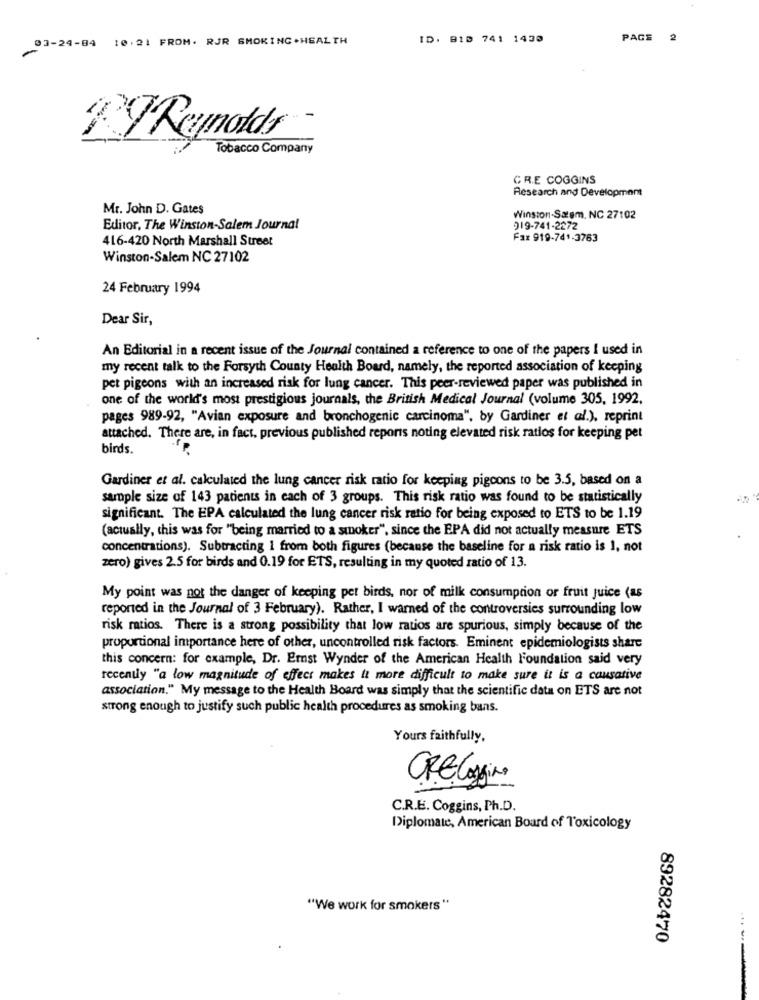
03-24-84 10.21 FROM. RJR SMOKING .HEALTH
ID. 810 741 1430
PAGE
2
Reynolds
Tobacco Company
CRE COGGINS
Research and Development
Mr. John D. Gates
Winston-Salem, NC 27102
Editor, The Winston-Salem Journal
919-741-2272
416-420 North Marshall Street
Fax 919-741-3763
Winston-Salem NC 27102
24 February 1994
Dear Sir,
An Editorial in a recent issue of the Journal contained a reference to one of the papers I used in
my recent talk to the Forsyth County Health Board, namely, the reported association of keeping
pet pigeons with an increased risk for lung cancer. This peer-reviewed paper was published in
one of the world's most prestigious journals, the British Medical Journal (volume 305, 1992.
pages 989-92, "Avian exposure and bronchogenic carcinoma", by Gardiner et al.), reprint
attached. There are, in fact, previous published reports noting elevated risk ratlos for keeping pet
birds.
Gardiner et al. calculated the lung cancer risk ratio for keeping pigcons to be 3.5, based on a
sample size of 143 patients in each of 3 groups. This risk ratio was found to be statistically
significant. The EPA calculated the lung cancer risk ratio for being exposed to ETS to be 1.19
(actually, this was for "being married to a smoker", since the EPA did not actually measure ETS
concentrations). Subtracting 1 from both figures (because the baseline for a risk ratio is 1, not
zero) gives 2.5 for birds and 0.19 for ETS, resulting in my quoted ratio of 13.
My point was not the danger of keeping pet birds, nor of milk consumption or fruit juice (as
reported in the Journal of 3 February). Rather, I warned of the controversies surrounding low
risk ratios. There is a strong possibility that low ratios are spurious, simply because of the
proportional importance here of other, uncontrolled risk factors. Eminent epidemiologists share
this concern: for example, Dr. Erst Wynder of the American Health Foundation said very
recenty "a low magnitude of effect makes it more difficult to make sure it is a causative
association." My message to the Health Board was simply that the scientific data on ETS are not
strong enough to justify such public health procedures as smoking bans.
Yours faithfully,
CRE Logging
C.R.E. Coggins, Ph.D.
Diplomate, American Board of Toxicology
"We work for smokers "
89282470